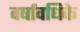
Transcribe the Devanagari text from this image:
वर्षावधिके